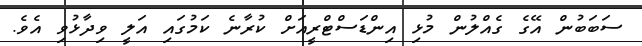
ސަބަބުން އޭގެ ގެއްލުން މުޅި އިންޑަސްޓްރީއަށް ކުރާނެ ކަމުގައި އަލީ ވިދާޅުވި އެވެ.